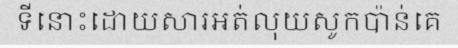
ទីនោះដោយសារអត់លុយសូកប៉ាន់គេ